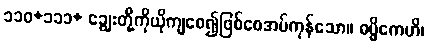
၁၁၀+၁၁၁+ ချွေးတို့ကိုယိုကျစေ၍ဖြစ်စေအပ်ကုန်သော။ ဓမ္မိကေဟိ၊